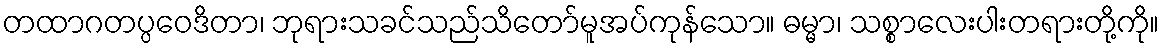
တထာဂတပ္ပဝေဒိတာ၊ ဘုရားသခင်သည်သိတော်မူအပ်ကုန်သော။ ဓမ္မာ၊ သစ္စာလေးပါးတရားတို့ကို။